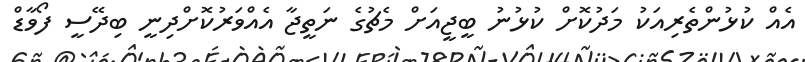
އެއް ކުޅުންތެރިއަކު މަދުކޮށް ކުޅުނު ބީޖީއަށް މެޗުގެ ނަތީޖާ އެއްވަރުކޮށްދިނީ ބިދޭސީ ފޯވާޑް